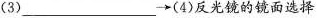
(3)___→(4)反光镜的镜面选择